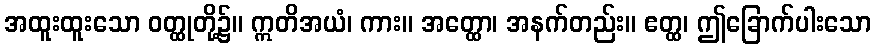
အထူးထူးသော ဝတ္ထုတို့၌။ ဣတိအယံ၊ ကား။ အတ္ထော၊ အနက်တည်း။ ဧတ္ထ၊ ဤခြောက်ပါးသော